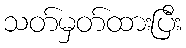
သတ်မှတ်ထားပြီး